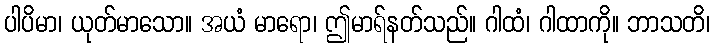
ပါပိမာ၊ ယုတ်မာသော။ အယံ မာရော၊ ဤမာရ်နတ်သည်။ ဂါထံ၊ ဂါထာကို။ ဘာသတိ၊